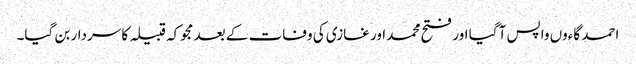
احمد گاءوں واپس آ گیا اور فتح محمد اور غازی کی وفات کے بعد مجوکہ قبیلہ کا سردار بن گیا۔